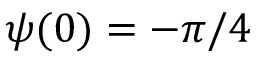
\psi ( 0 ) = - \pi / 4